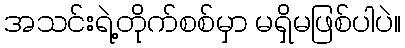
အသင်းရဲ့တိုက်စစ်မှာ မရှိမဖြစ်ပါပဲ။